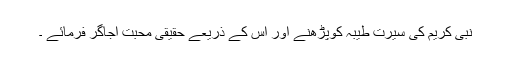
نبی کریم کی سیرت طیبہ کوپڑھنے اور اس کے ذریعے حقیقی محبت اجاگر فرمائے ۔